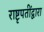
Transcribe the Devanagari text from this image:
राष्टृपतींद्वारा